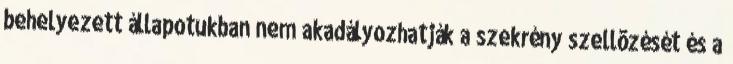
behelyezett állapotukban nem akadályozhatják a szekrény szellõzését és a